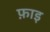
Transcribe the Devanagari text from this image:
फ़ाइ